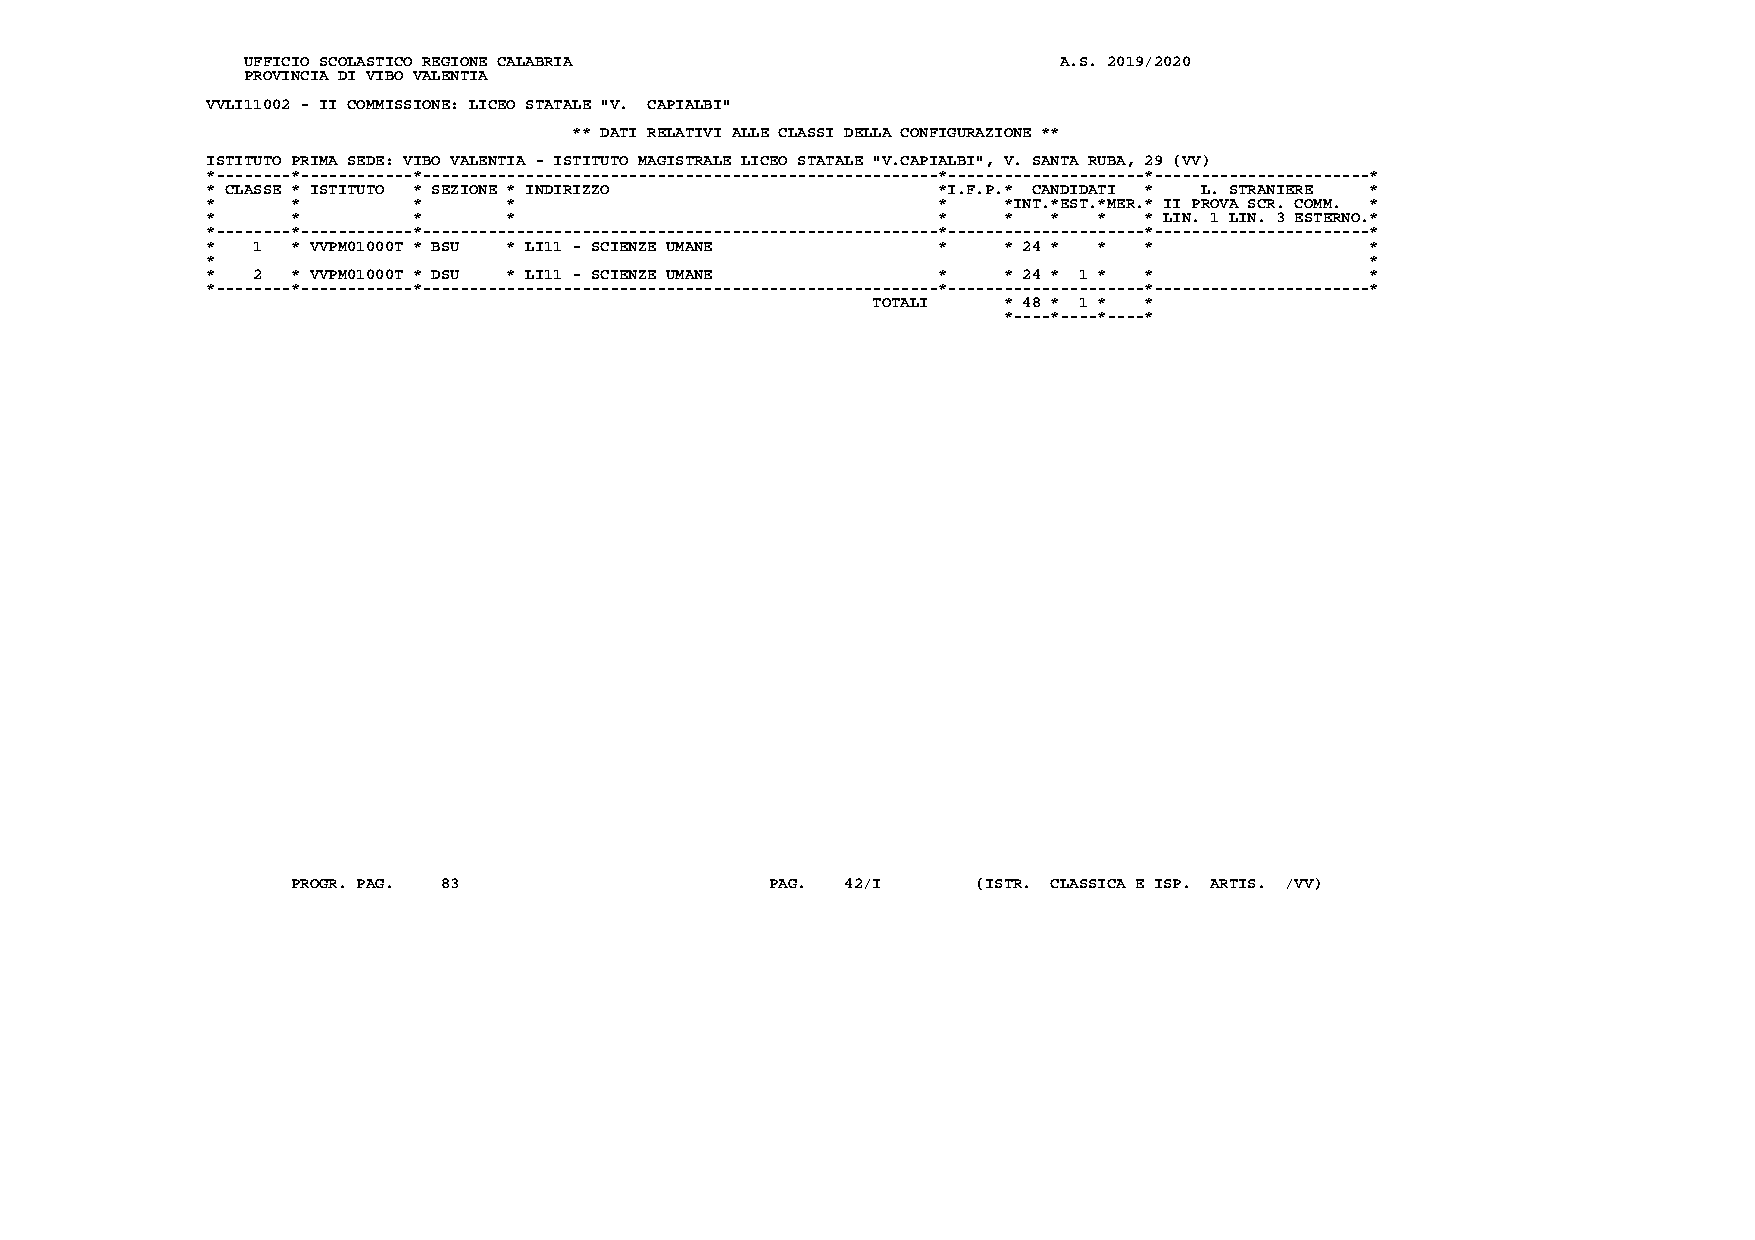
UFFICIO SCOLASTICO REGIONE CALABRIA                   A.S. 2019/2020
 PROVINCIA DI VIBO VALENTIA
 VVLI11002 - II COMMISSIONE: LICEO STATALE "V. CAPIALBI"
 ** DATI RELATIVI ALLE CLASSI DELLA CONFIGURAZIONE **
 ISTITUTO PRIMA SEDE: VIBO VALENTIA - ISTITUTO MAGISTRALE LICEO STATALE "V.CAPIALBI", V. SANTA RUBA, 29 (VV)
 *--------*------------*-------------------------------------------------------*---------------------*-----------------------*
 * CLASSE * ISTITUTO * SEZIONE * INDIRIZZO       *I.F.P.* CANDIDATI * L. STRANIERE *
 *    *       *      *                           *   *INT.*EST.*MER.* II PROVA SCR. COMM. *
 *    *       *      *                           *   *   *  *  * LIN. 1 LIN. 3 ESTERNO.*
 *--------*------------*-------------------------------------------------------*---------------------*-----------------------*
 *  1 * VVPM01000T * BSU * LI11 - SCIENZE UMANE  *   * 24 * *  *              *
 *                                                                            *
 *  2 * VVPM01000T * DSU * LI11 - SCIENZE UMANE  *   * 24 * 1 * *             *
 *--------*------------*-------------------------------------------------------*---------------------*-----------------------*
 TOTALI  * 48 * 1 * *
 *----*----*----*
 PROGR. PAG. 83                  PAG. 42/I     (ISTR. CLASSICA E ISP. ARTIS. /VV)